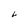
Character: L